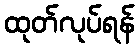
ထုတ်လုပ်ရန်